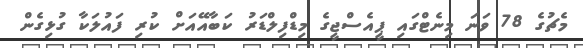
މެޗުގެ 78 ވަނަ މިނެޓްގައި ޕީއެސްޖީގެ މިޑްފިލްޑަރު ކަބާއޭއަށް ކުރި ފައުލަކާ ގުޅިގެން